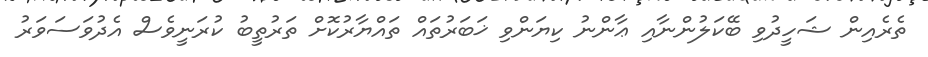
ތެރެއިން ޝަހީދުވި ބޭކަލުންނާއި ޢާންނު ކިޔަންވި ޚަބަރުތައް ތައްޔާރުކޮށް ތަރުތީބު ކުރަނީވެސް އެދުވަސަވަރު